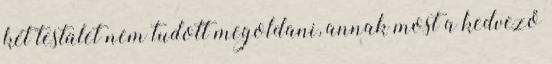
két testület nem tudott megoldani, annak most a kedvező